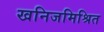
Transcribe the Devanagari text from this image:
खनिजमिश्रित